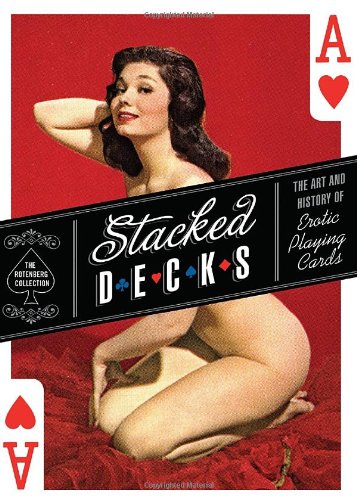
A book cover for Stacked Decks: The Art and History of Erotic Playing Cards; The Rotenberg Collection; Crafts, Hobbies & Home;